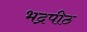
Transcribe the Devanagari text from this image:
भद्रपीठ